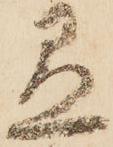
愚